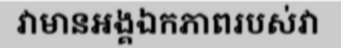
វាមានអង្គឯកភាពរបស់វា